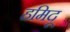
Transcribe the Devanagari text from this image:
हमिदू